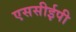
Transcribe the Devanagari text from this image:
एससीईपी